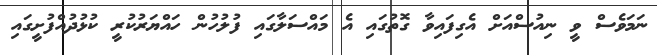
ނަމަވެސް ވީ ނިއުސްއަށް އެގިފައިވާ ގޮތުގައި އެ މައްސަލާގައި ފުލުހުން ހައްޔަރުކުރީ ކުޅުދުއްފުށީގައި